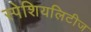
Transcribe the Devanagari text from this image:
स्पेशियलिटीज